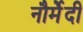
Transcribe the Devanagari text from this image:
नौर्मेंदी